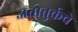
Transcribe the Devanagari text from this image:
अतातुर्कचे